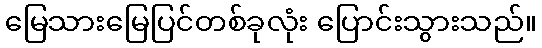
မြေသားမြေပြင်တစ်ခုလုံး ပြောင်းသွားသည်။